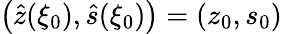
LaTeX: \big(\hat{z}(\xi_{0}),\hat{s}(\xi_{0})\big)=(z_{0},s_{0})